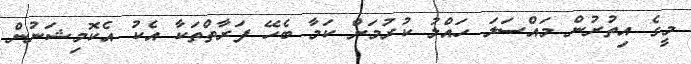
މީގެ އިތުރުން މައްސަލަ ހައްލު ކުރުމަށް ކަމާ ބެހޭ ފަރާތްތަކާ އެކު އެކޮމިޝަނުން